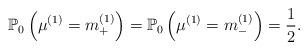
LaTeX: \begin{align*}& \mathbb{P}_0\left(\mu^{(1)}=m_+^{(1)}\right)= \mathbb{P}_0\left(\mu^{(1)}=m_-^{(1)}\right)= \frac{1}{2}.\end{align*}